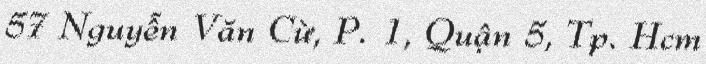
57 Nguyễn Văn Cừ, P. 1, Quận 5, Tp. Hcm